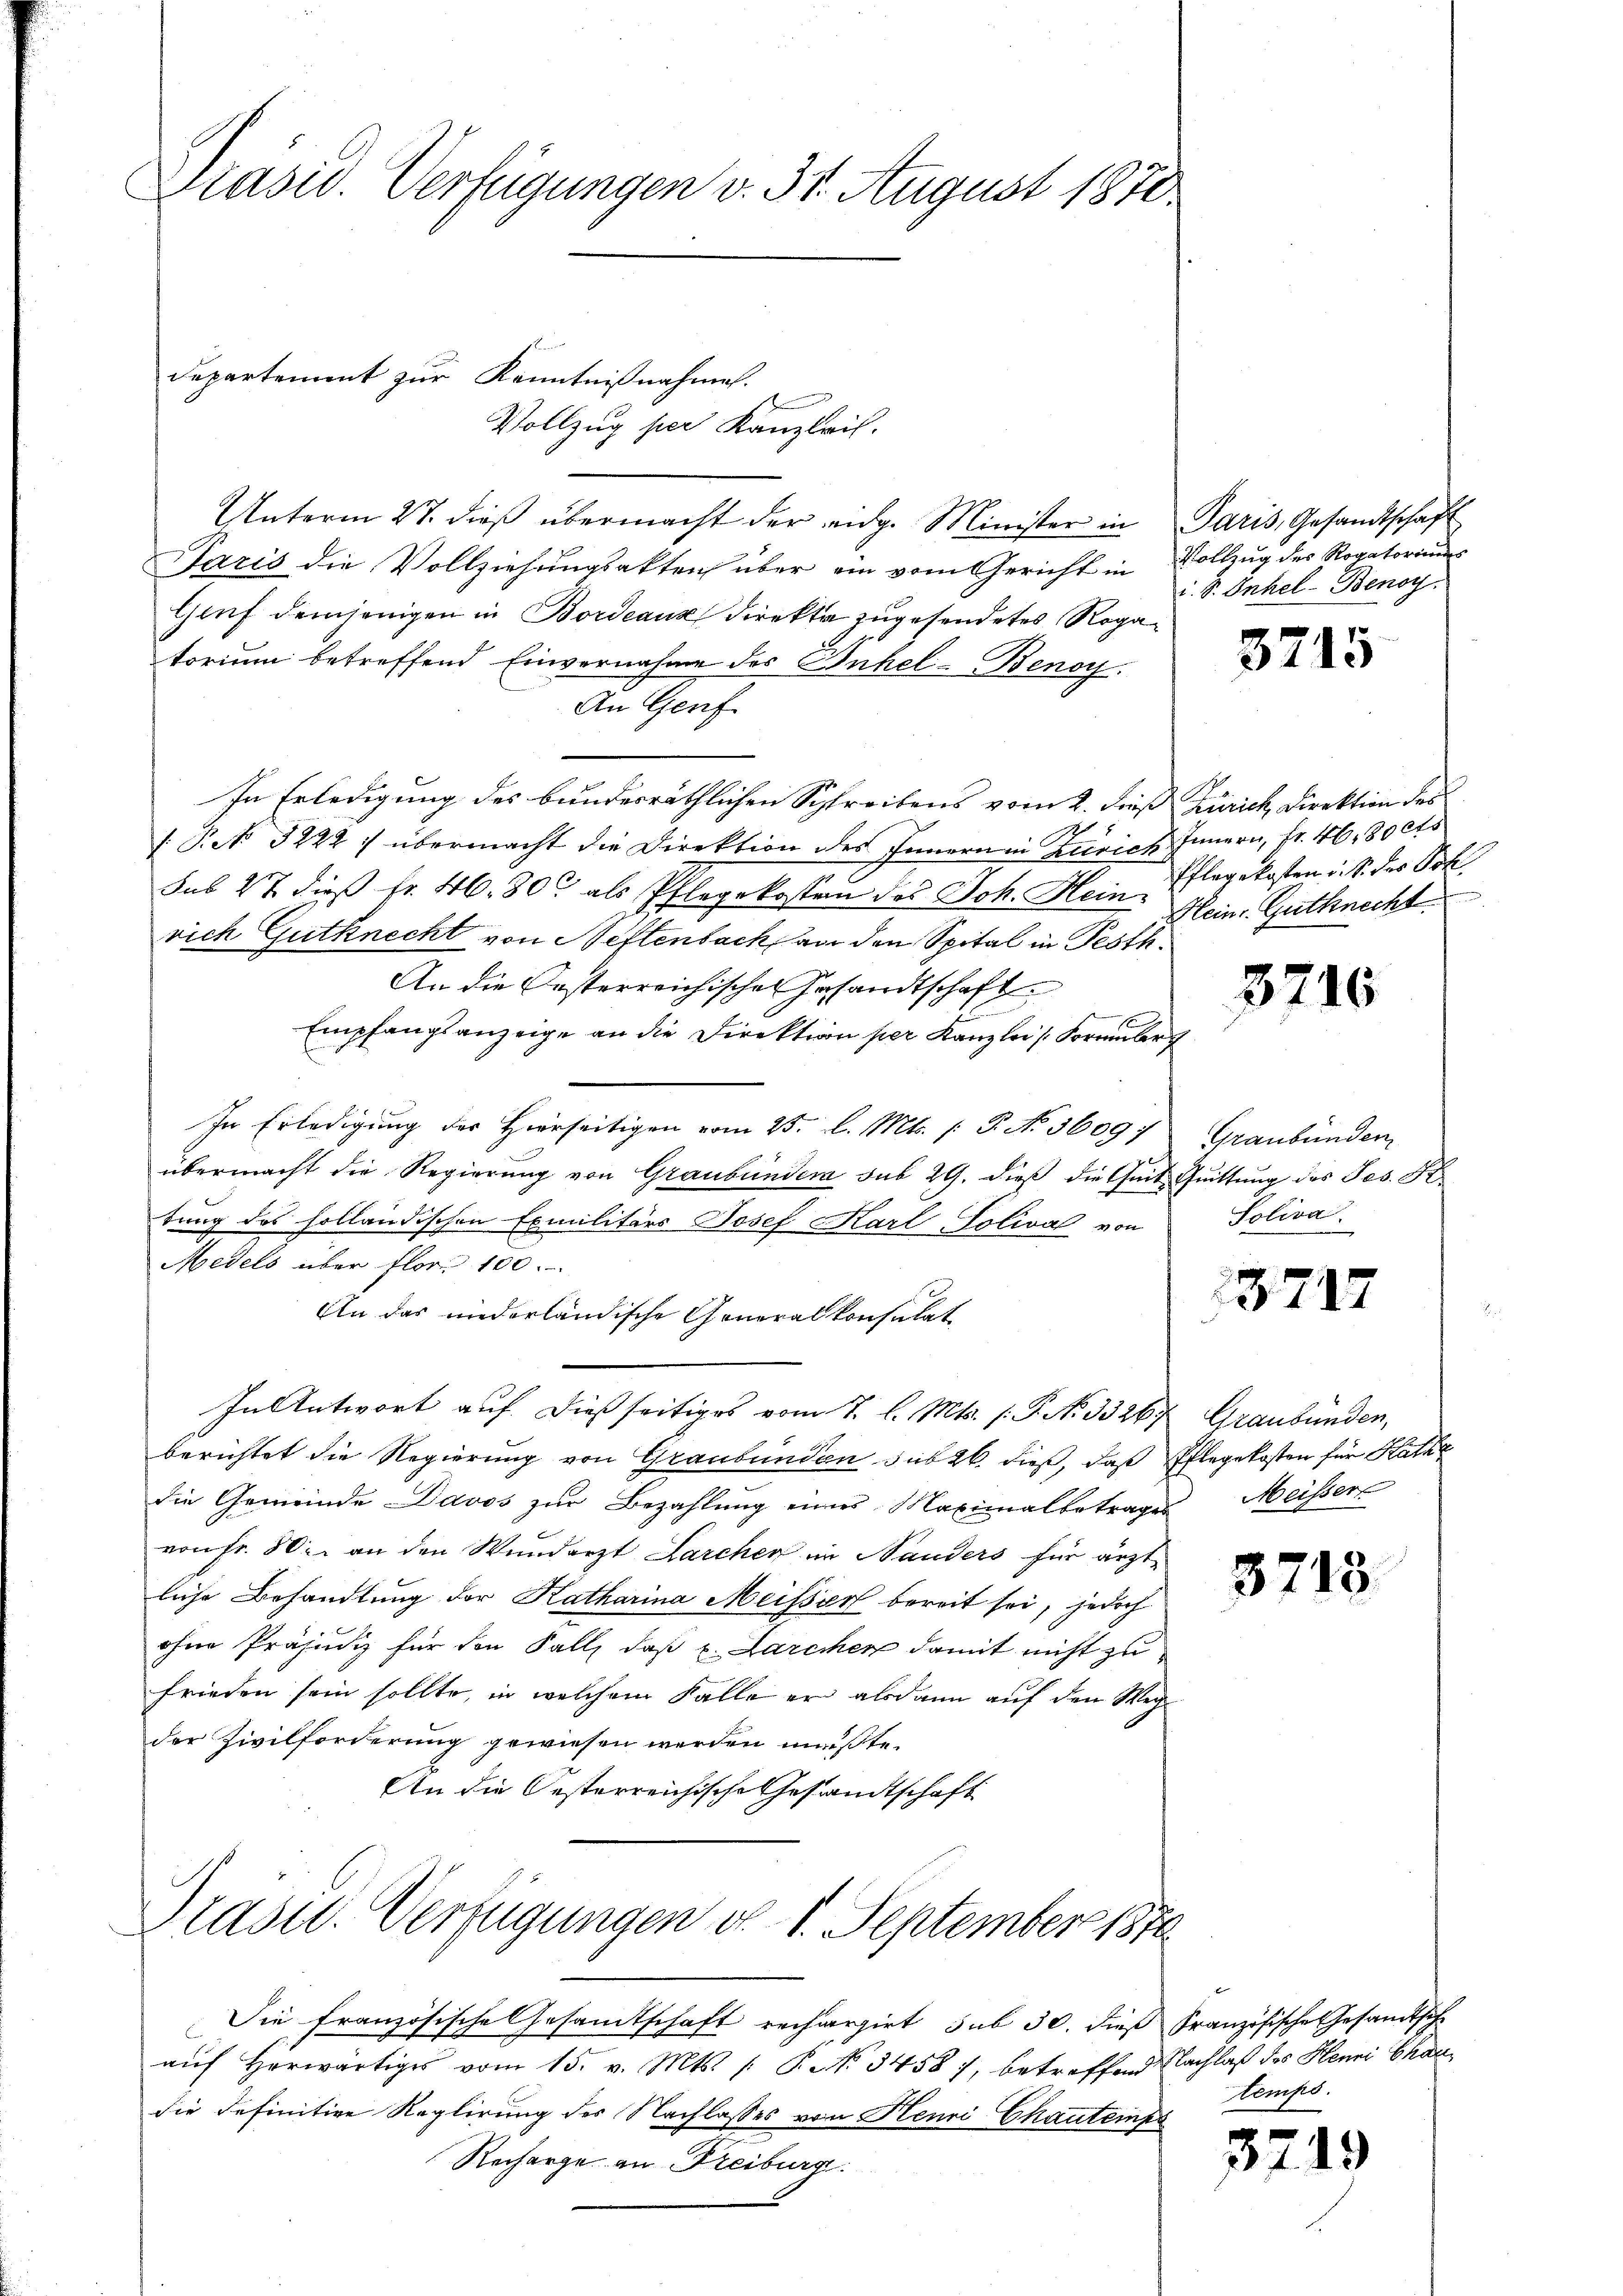
Präsid. Verfügungen v. 31. August 1870

Vollzug per Kanzleil.
Unterm 27. dieß übermacht der eidg. Minister in
Paris die Vollziehungsakten über ein vom Gericht in
Genf demjenigen in Bordeaux direkte zugesendetes Rogatorium betreffend Einvernahme des Inhel- Benoy.
An Genf
In Erledigung des bundesräthlichen Schreibens vom 2. dieß
25
 Pct. 3222 :/ übermacht die Direktion des Innern in Zürich
sub 27 dieβ fr. 46. 800 als Pflegekosten des Joh. Hein. Mein Gutknecht
rich Gutknecht von Neftenbach an den Spital in Pesth
An die Oesterreichischen Gesandtschaft
Empfangsanzeige an die Direktion per Kanzlei (Formular
In Erledigung des Hierseitigen vom 25. l. Mts. (: P. No. 5609/
übermacht die Regierung von Graubündera sub 29. dieß die Zeit Quittung des Jes. S.
tung des holländischen Exmilitärs Josef Karl-Tolival von
Medels über flor 150.
An das niederländische Generalkonsulat
In Antwort auf dießseitiges vom 7. l. Mts. (: P. No. 3326
berichtet die Regierung von Graubünden sub 26. dieß, daß Pflegekosten für Kathe
die Gemeinde Davos zur Bezahlung eines Maximalbetrages Meissere
von Fr. 80. an den Wundarzt Larcher in Nauders für ärztliche Behandlung der Katharina Meisser bereit sei, jedoch
ohne Präsini für den Fall, daß u. Larchen damit nicht zu
frieden sein sollte, in welchem Falle er alsdann auf den Weg
der Zivilforderung gewiesen werden müßte.
An die Oesterreichische Gesandtschaft

Departement zur Kenntnißnahmen.

Prastl. Verfügungen d. 1. September 1874.

Sie französische Gesandtschaft rechargirt sub 30. dieß Französische Gesandtsch
aŭf herwärtiges vom 15. v. Mts. /: P. No 34587, betreffend Nachlaß des Henri Chardie definitive Reglirung des Nachlasses von Henri Chautemps
Recharge an Freiburge

Paris, Gesandtschaft
Vollzug des Rogatoriums
i. S. Inhel-Benoy.

3715

Zürich Direktion des
Innern, Fr. 46, 80 cts
Pflegekosten i. S. des Poli

3716

Graubünden
Soliva

3717

Graubünden,

3718.

temps.

32

19